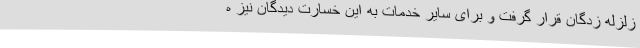
زلزله زدگان قرار گرفت و برای سایر خدمات به این خسارت دیدگان نیز ه